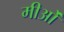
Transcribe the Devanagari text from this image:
मीओं